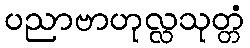
ပညာဗာဟုလ္လသုတ္တံ